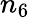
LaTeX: n_{6}